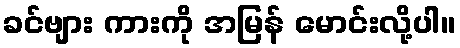
ခင်ဗျား ကားကို အမြန် မောင်းလို့ပါ။